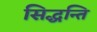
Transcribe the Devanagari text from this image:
सिद्धन्ति